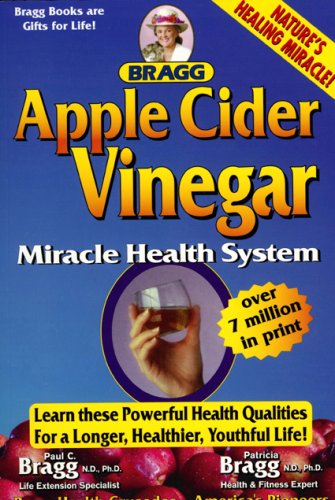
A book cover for Apple Cider Vinegar: Miracle Health System (Bragg Apple Cider Vinegar Miracle Health System: With the Bragg Healthy Lifestyle); Patricia Bragg; Health, Fitness & Dieting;